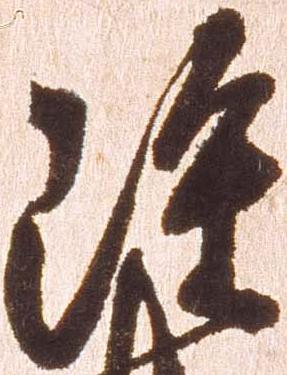
雖